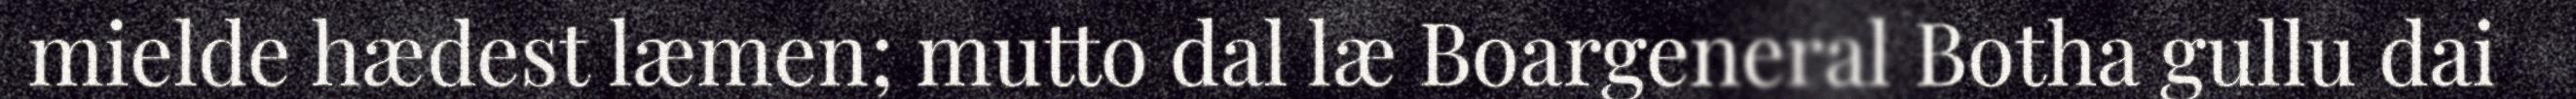
mielde hædest læmen; mutto dal læ Boargeneral Botha gullu dai